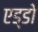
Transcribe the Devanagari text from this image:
एड्डो